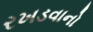
રખડવાનો